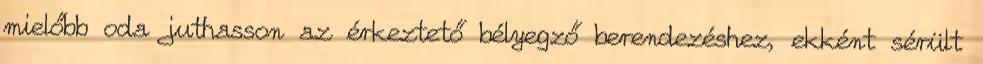
mielőbb oda juthasson az érkeztető bélyegző berendezéshez, ekként sérült